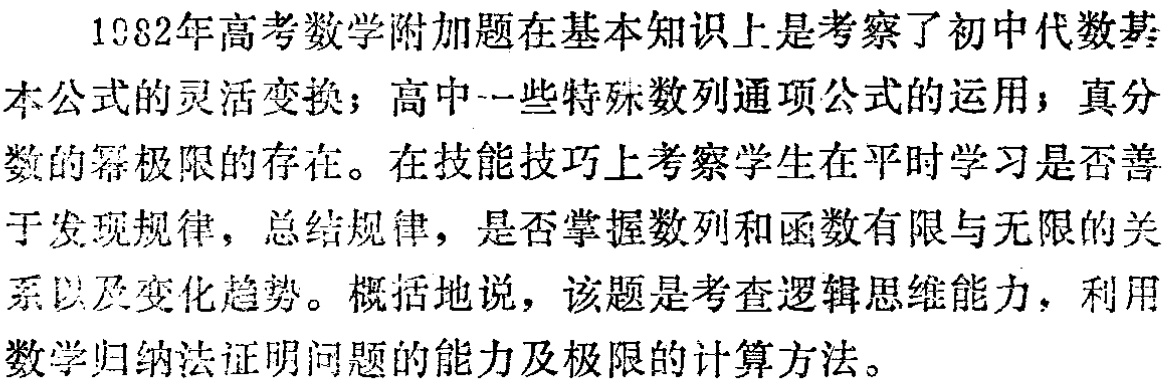
1982年高考数学附加题在基本知识上是考察了初中代数基本公式的灵活变换；高中一些特殊数列通项公式的运用；真分数的幂极限的存在。在技能技巧上考察学生在平时学习是否善于发现规律，总结规律，是否掌握数列和函数有限与无限的关系以及变化趋势。概括地说，该题是考查逻辑思维能力，利用数学归纳法证明问题的能力及极限的计算方法。